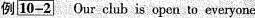
例[10-2]Our club is open to everyone